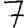
Digit: 7